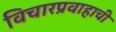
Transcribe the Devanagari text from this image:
विचारप्रवाहाची